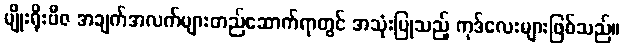
မျိုးရိုးဗီဇ အချက်အလက်များတည်ဆောက်ရာတွင် အသုံးပြုသည့် ကုဒ်လေးများဖြစ်သည်။